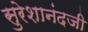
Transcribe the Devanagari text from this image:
सुरेशानंदजी